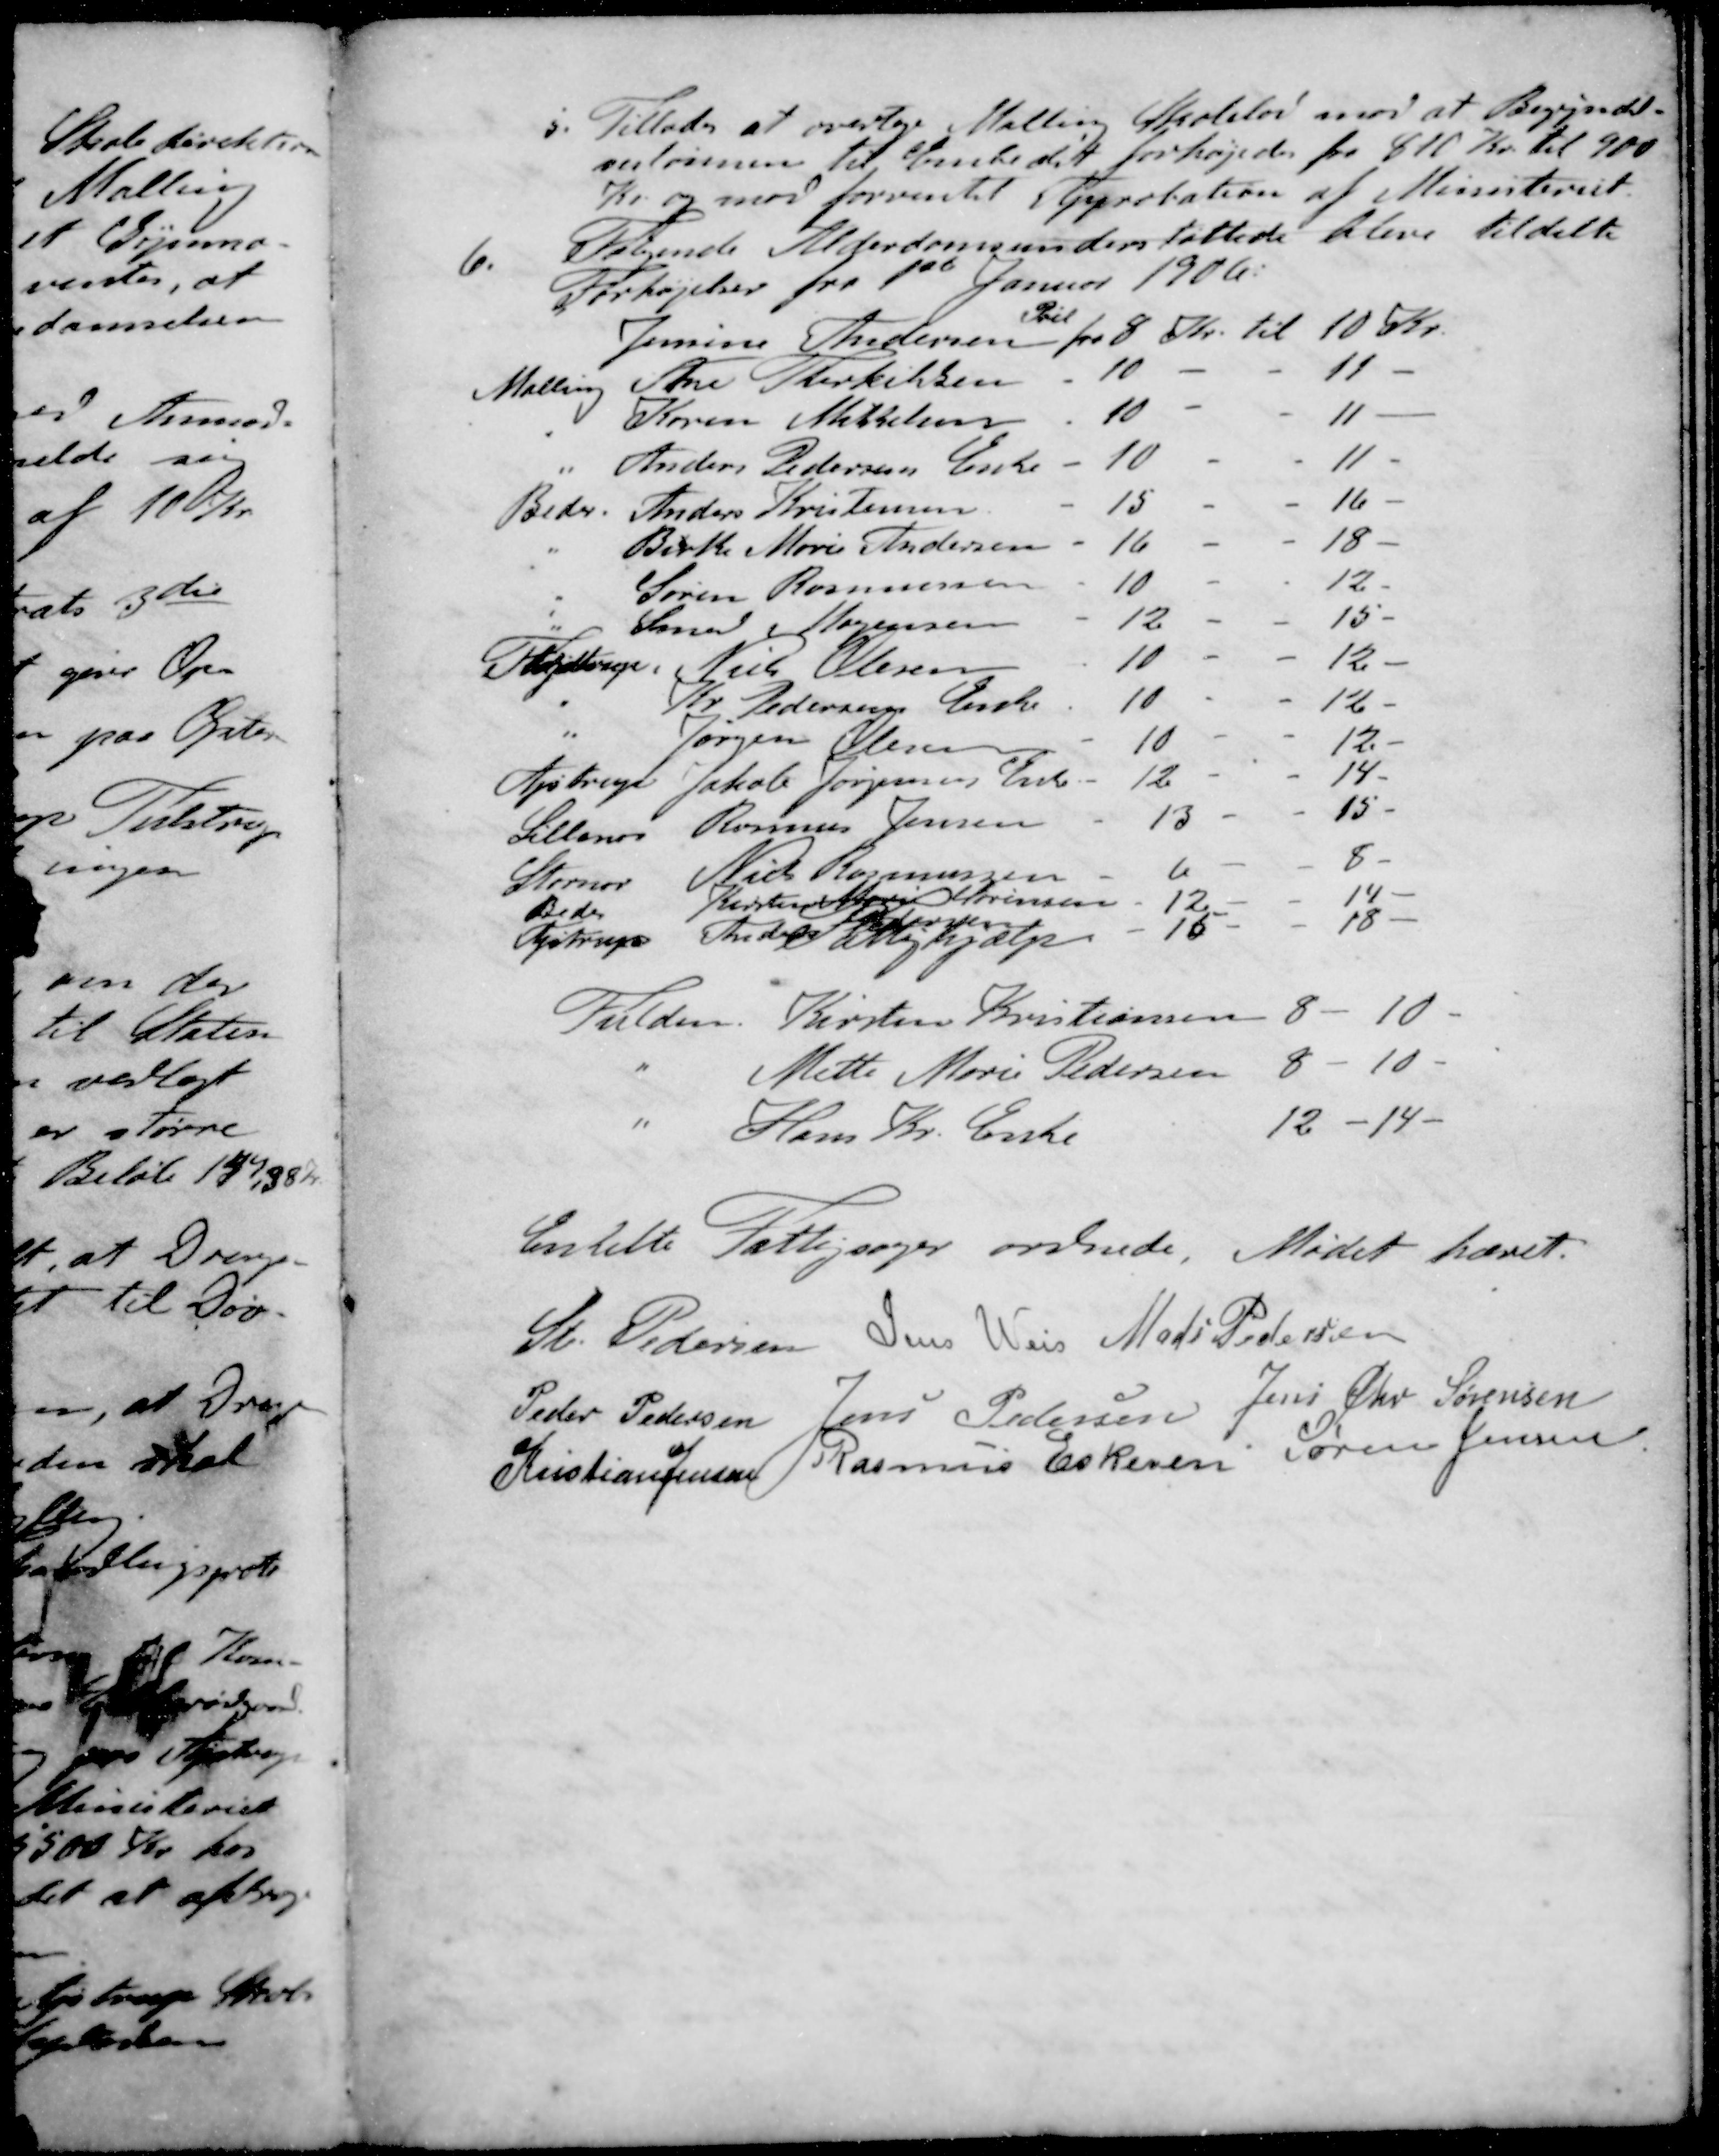
Transskription:
5. Tillades at overtage Malling Skolelod mod at Begyndel-
seslønnen til Embedet forhøjedes fra 810 Kr. til 900
Kr og mod forventet Approbation at Ministeriet
6. Følgende Alderdomsunderstøttede blive tildelte
Forhøjelser fra 1st Januar 1906.
Til
Jensine Andersen fra 8 Kr. til 10 Kr.
Malling Ane Therkiksen - 10 - - 11 -
" Søren Mikkelsen - 10 - - 11 -
" Anders Pedersens Enke - 10 - - 11 -
Beder Anders Kristensen - 15 - - 16 -
" Birthe Marie Andersen - 16 - - 18 -
" Søren Rasmussen - 10 - - 12 -
" Svend Mogensen - 12 - - 15 -
Fløjstrup Niels Olesen - 10 - - 12 -
" Kr. Pedersens Enke - 10 - - 12 -
" Jørgen Olesen - 10 - - 12 -
Ajstrup Jakob Jørgensens Enke - 12 - - 14 -
Lillenor Rasmus Jensen - 13 - - 15 -
Stornor Niels Rasmussen - 6 - - 8 -
Beder Kirstens MarieSørensen - 12 - - 14 -
Pedersen
Fløjstrup Thelma Fattighjælp - 15 - - 18 -
Fulden Kirsten Kristiansen 8 - 10 -
" Mette Marie Pedersen 8 - 10 -
" Hans Kr. Enke 12 - 14 - 
Enkelte Fattigsager ordnede. Mødet hævet.
St Pedersen
Jens Weis
Mads Pedersen
Peder Pedersen
Jens Pedersen
Jens Chr Sørensen
Kristian Jensen
Rasmus Eskesen
Søren Jensen